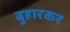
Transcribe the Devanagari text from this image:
बुहारकर